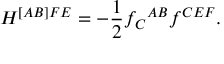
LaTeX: H ^ { [ A B ] F E } = - \frac { 1 } { 2 } { f _ { C } } ^ { A B } f ^ { C E F } .